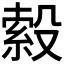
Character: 𭮹